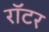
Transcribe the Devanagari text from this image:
रॉटर